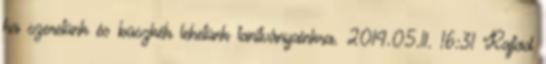
ha szeretünk és büszkék lehetünk tanítványainkra. 2014.05.11. 16:31 Rajtad